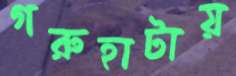
গরুহাটায়